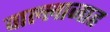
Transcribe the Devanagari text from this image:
वाल्लाजाह